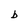
Character: b